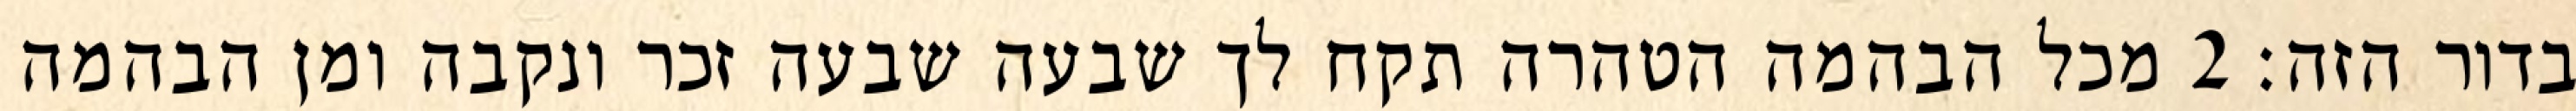
בדור הזה׃ ‎2‏ מכל הבהמה הטהרה תקח לך שבעה שבעה זכר ונקבה ומן הבהמה